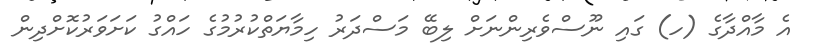
އެ މާއްދާގެ (ހ) ގައި ނޫސްވެރިންނަށް ލިބޭ މަސްދަރު ހިމާޔަތްކުރުމުގެ ހައްގު ކަށަވަރުކޮށްދިން